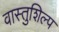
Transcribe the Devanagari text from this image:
वास्‍तुशिल्प